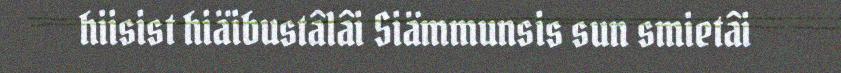
hiisist hiäibustâlâi Siämmunsis sun smietâi